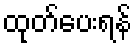
ထုတ်ပေးရန်